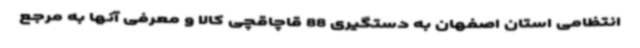
انتظامی استان اصفهان به دستگیری 88 قاچاقچی کالا و معرفی آنها به مرجع